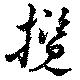
攬